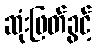
ဆုံးဖြတ်ခွင့်